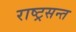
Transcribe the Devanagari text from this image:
राष्ट्रसन्त